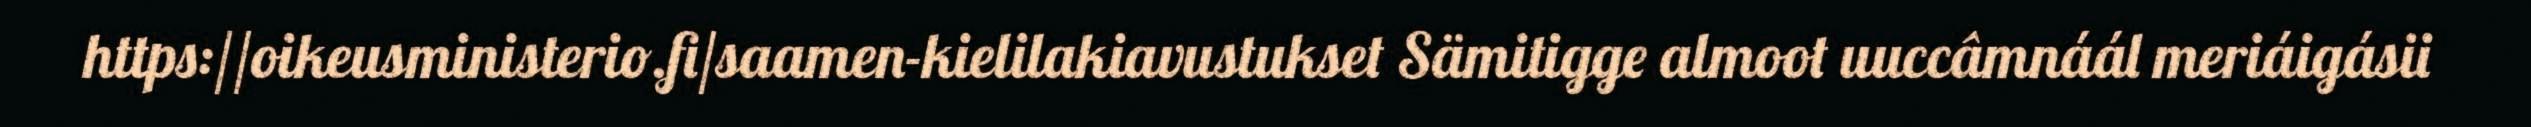
https://oikeusministerio.fi/saamen-kielilakiavustukset Sämitigge almoot uuccâmnáál meriáigásii